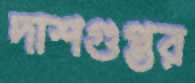
দাশগুপ্তর